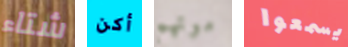
شتاء أكن موتهم يسمعوا